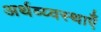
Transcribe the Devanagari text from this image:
अर्थव्य्वस्थाएँ